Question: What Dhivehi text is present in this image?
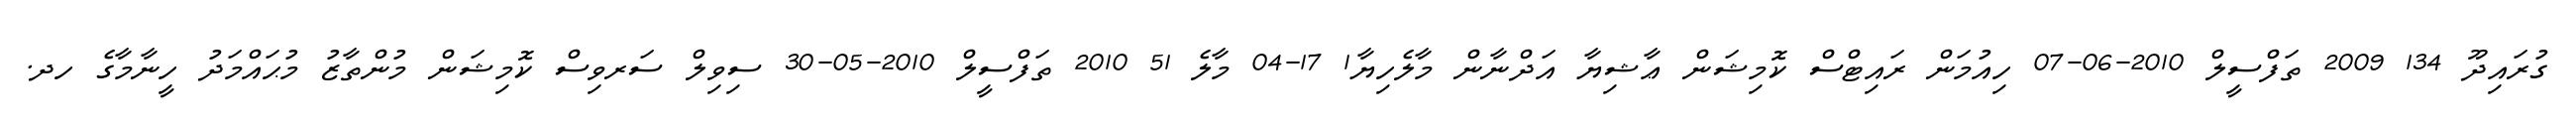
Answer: ގުރައިދޫ 134 2009 ތަފްސީލް 2010-06-07 ހިއުމަން ރައިޓްސް ކޮމިޝަން ޢާޝިޔާ އަދްނާން މާލެހިޔާ1 17-04 މާލެ 51 2010 ތަފްސީލް 2010-05-30 ސިވިލް ސަރވިސް ކޮމިޝަން މުންތާޒު މުޙައްމަދު ހީނާމާގެ ހދ.